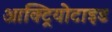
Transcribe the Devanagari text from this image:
आक्ट्रियोटाइड